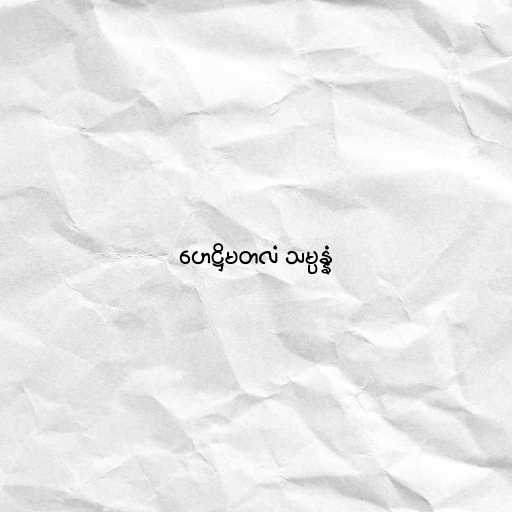
ဟေဋ္ဌိမတလံ သမ္ပန္နံ